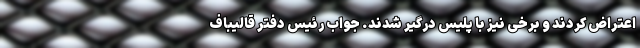
اعتراض کردند و برخی نیز با پلیس درگیر شدند. جواب رئیس دفتر قالیباف